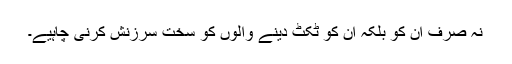
نہ صرف ان کو بلکہ ان کو ٹکٹ دینے والوں کو سخت سرزنش کرنی چاہیے۔